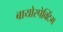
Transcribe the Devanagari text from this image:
बायोस्पेक्‍टिंग